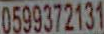
0599372131